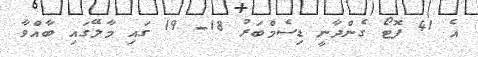
އެ 41 ފޮޓޯ ގެންދާނީ ޑިސެމްބަރު 18- 19 ގައި މާލޭގައި ބާއްވާ